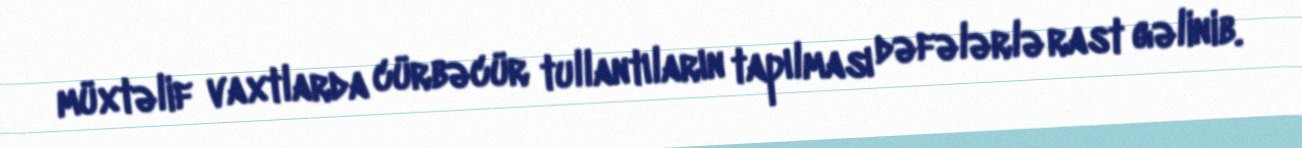
müxtəlif vaxtlarda cürbəcür tullantıların tapılması dəfələrlə rast gəlinib.